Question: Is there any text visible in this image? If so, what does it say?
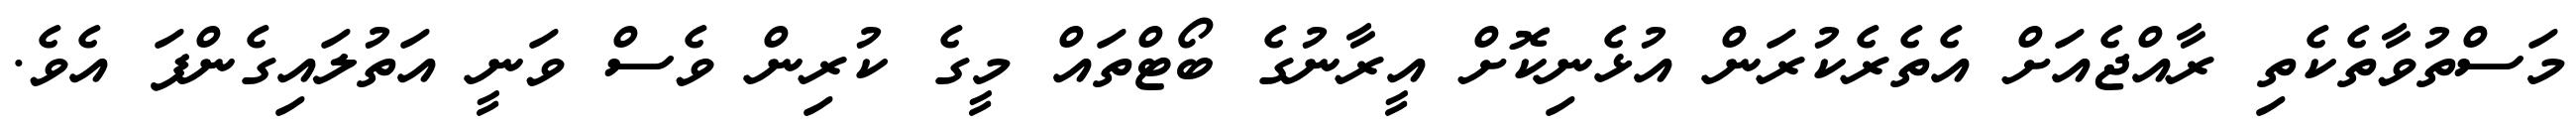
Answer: މަސްތުވާތެކެތި ރާއްޖެއަށް އެތެރެކުރަން އުޅެނިކޮށް އީރާނުގެ ބޯޓްތައް މީގެ ކުރިން ވެސް ވަނީ އަތުލައިގެންފަ އެވެ.